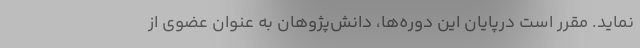
نماید. مقرر است درپایان این دوره‌ها، دانش‌پژوهان به عنوان عضوی از